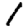
Digit: 1